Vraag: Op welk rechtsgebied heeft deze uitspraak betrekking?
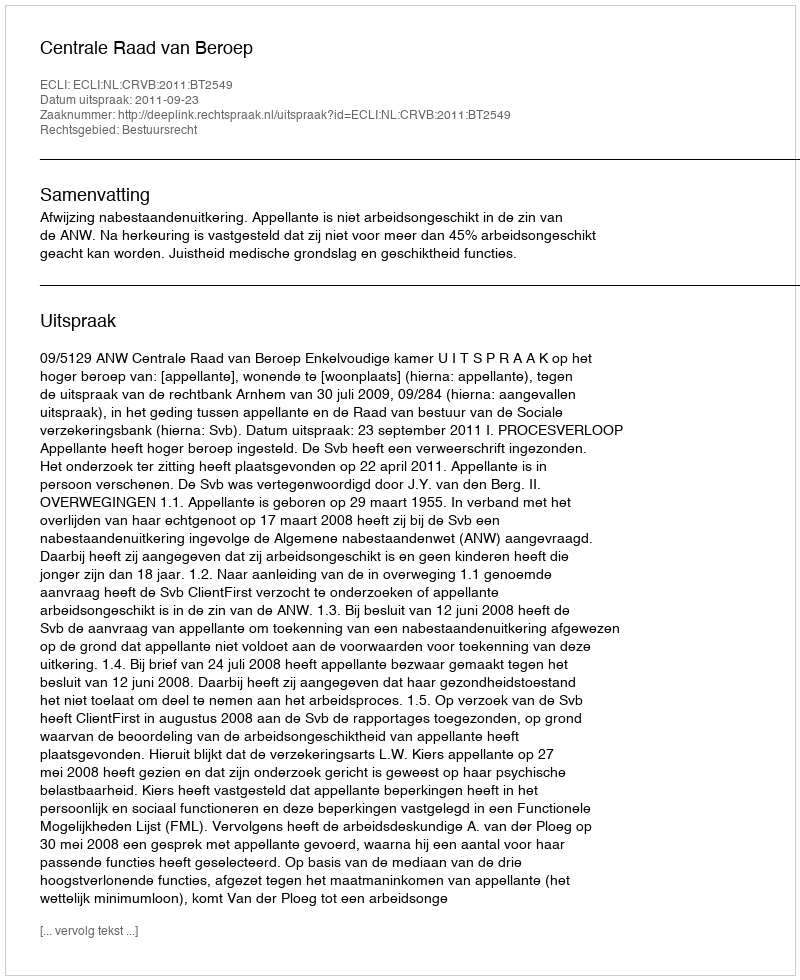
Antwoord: Bestuursrecht